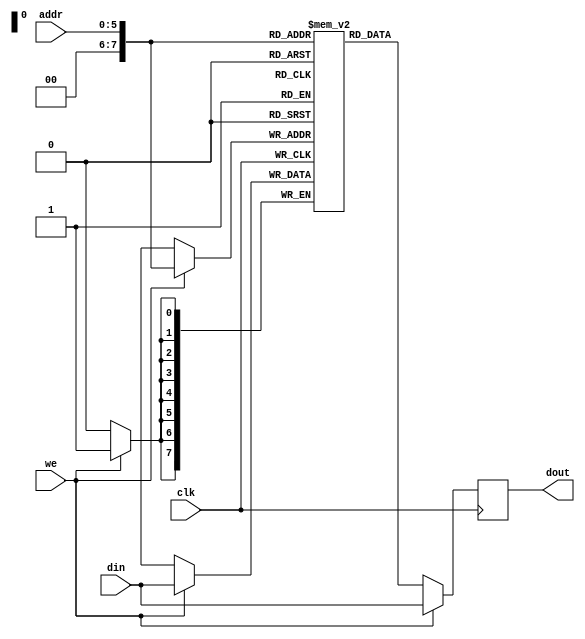
module memory
(
	input [7:0] din,
	input [5:0] addr,
	input we, clk,
	output reg [7:0] dout
);
	// Declare the RAM variable
	reg [7:0] ram[255:0];
	
	// Port A
	always @ (posedge clk)
	begin
		if (we) 
		begin
			ram[addr] <= din;
			dout <= din;
		end
		else 
		begin
			dout <= ram[addr];
		end
	end
endmodule